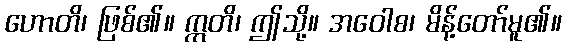
ဟောတိ၊ ဖြစ်၏။ ဣတိ၊ ဤသို့။ အဝေါစ၊ မိန့်တော်မူ၏။